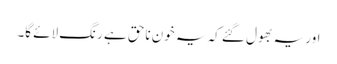
اور یہ بھول گئے کہ یہ خون ناحق ہے رنگ لائے گا۔